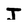
Character: J